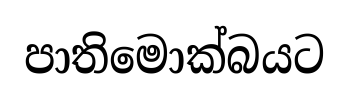
පාතිමොක්බයට